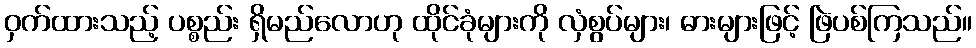
ဝှက်ထားသည့် ပစ္စည်း ရှိမည်လောဟု ထိုင်ခုံများကို လှံစွပ်များ၊ ဓားများဖြင့် ဖြဲပစ်ကြသည်။